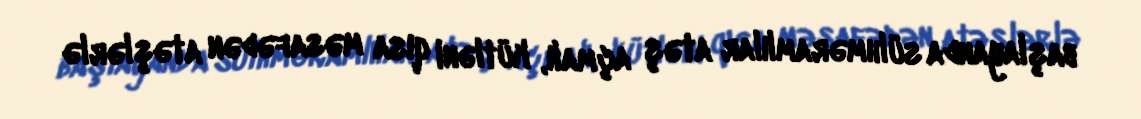
başlayanda sülhməramlılar atəş açmalı, kütləni qısa məsafədən atəşlərlə